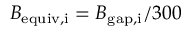
B _ { \mathrm { e q u i v , i } } = B _ { \mathrm { g a p , i } } / 3 0 0